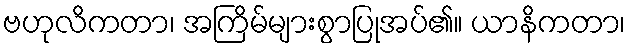
ဗဟုလိကတာ၊ အကြိမ်များစွာပြုအပ်၏။ ယာနိကတာ၊